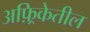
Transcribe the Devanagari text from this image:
अफ़्रिकेतील